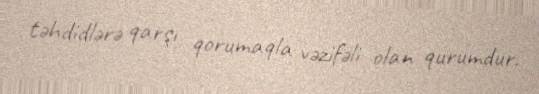
təhdidlərə qarşı qorumaqla vəzifəli olan qurumdur.